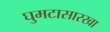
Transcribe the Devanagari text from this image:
घुमटासारखा